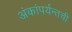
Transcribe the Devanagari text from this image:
अंकांपर्यन्तची